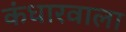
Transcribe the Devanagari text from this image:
कंधारवाला